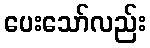
ပေးသော်လည်း